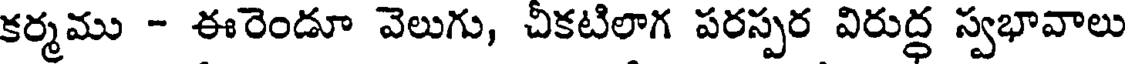
కర్మము - ఈరెండూ వెలుగు, చీకటిలాగ పరస్పర విరుద్ధ స్వభావాలు